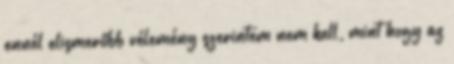
ennél elismerőbb vélemény szerintem nem kell, mint hogy az